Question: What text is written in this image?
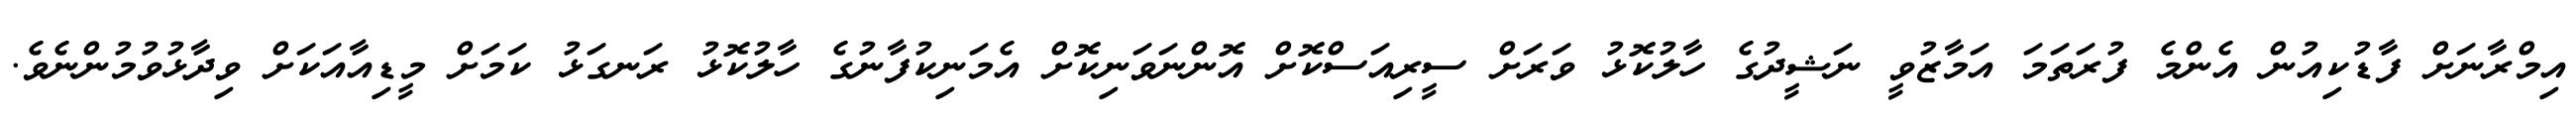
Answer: އިމްރާނަށް ފާޑުކިއުން އެންމެ ފުރަތަމަ އަމާޒުވީ ނަޝީދުގެ ހާލުކޮޅު ވަރަށް ސީރިއަސްކޮށް އޮންނަވަނިކޮށް އެމަނިކުފާނުގެ ހާލުކޮޅު ރަނގަޅު ކަމަށް މީޑިއާއަކަށް ވިދާޅުވުމުންނެވެ.